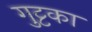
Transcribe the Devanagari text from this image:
गुट्टका